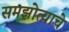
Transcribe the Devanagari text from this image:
समझोत्याचे